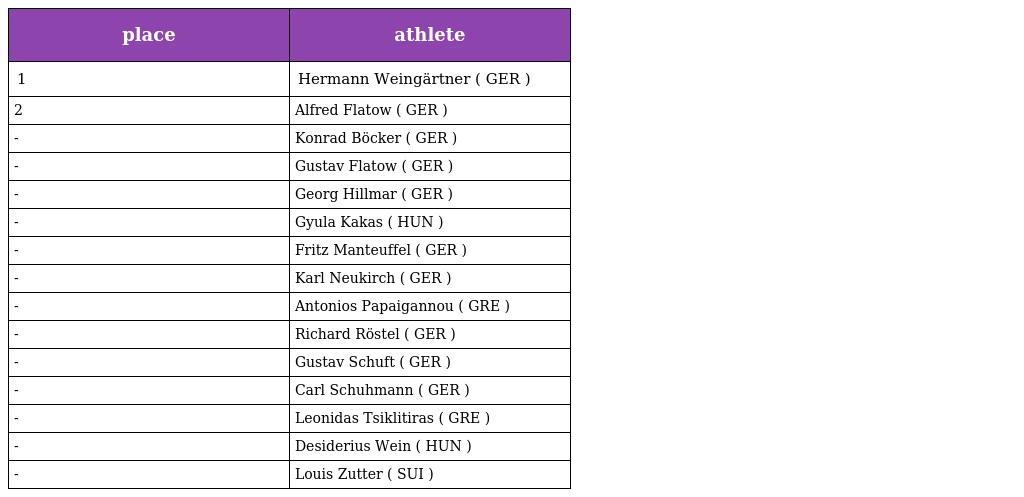
| place | athlete |
 | --- | --- |
 | 1 | Hermann Weingärtner ( GER ) |
 | 2 | Alfred Flatow ( GER ) |
 | - | Konrad Böcker ( GER ) |
 | - | Gustav Flatow ( GER ) |
 | - | Georg Hillmar ( GER ) |
 | - | Gyula Kakas ( HUN ) |
 | - | Fritz Manteuffel ( GER ) |
 | - | Karl Neukirch ( GER ) |
 | - | Antonios Papaigannou ( GRE ) |
 | - | Richard Röstel ( GER ) |
 | - | Gustav Schuft ( GER ) |
 | - | Carl Schuhmann ( GER ) |
 | - | Leonidas Tsiklitiras ( GRE ) |
 | - | Desiderius Wein ( HUN ) |
 | - | Louis Zutter ( SUI ) |